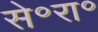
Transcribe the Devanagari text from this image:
से॰रा॰